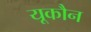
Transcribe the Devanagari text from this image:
यूकौन